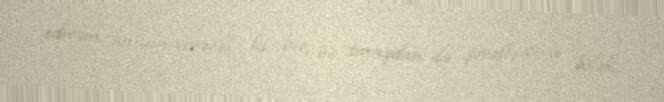
edirəm imkan verəcək ki, biz bu sınaqdan da şərəflə çıxa bilək.